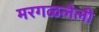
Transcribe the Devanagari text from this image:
मरगळलेली